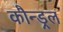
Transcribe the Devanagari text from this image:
कौन्ड्रल